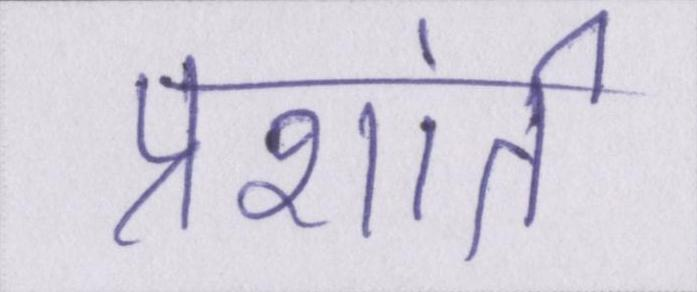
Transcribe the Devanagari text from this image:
प्रशांत